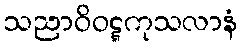
သညာဝိဝဋ္ဋကုသလာနံ